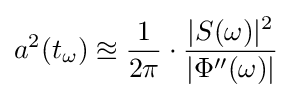
a^{2}(t_{\omega })\approxeq {\frac {1}{2\pi }}\cdot {\frac {|S(\omega )|^{2}}{|\Phi ''(\omega )|}}